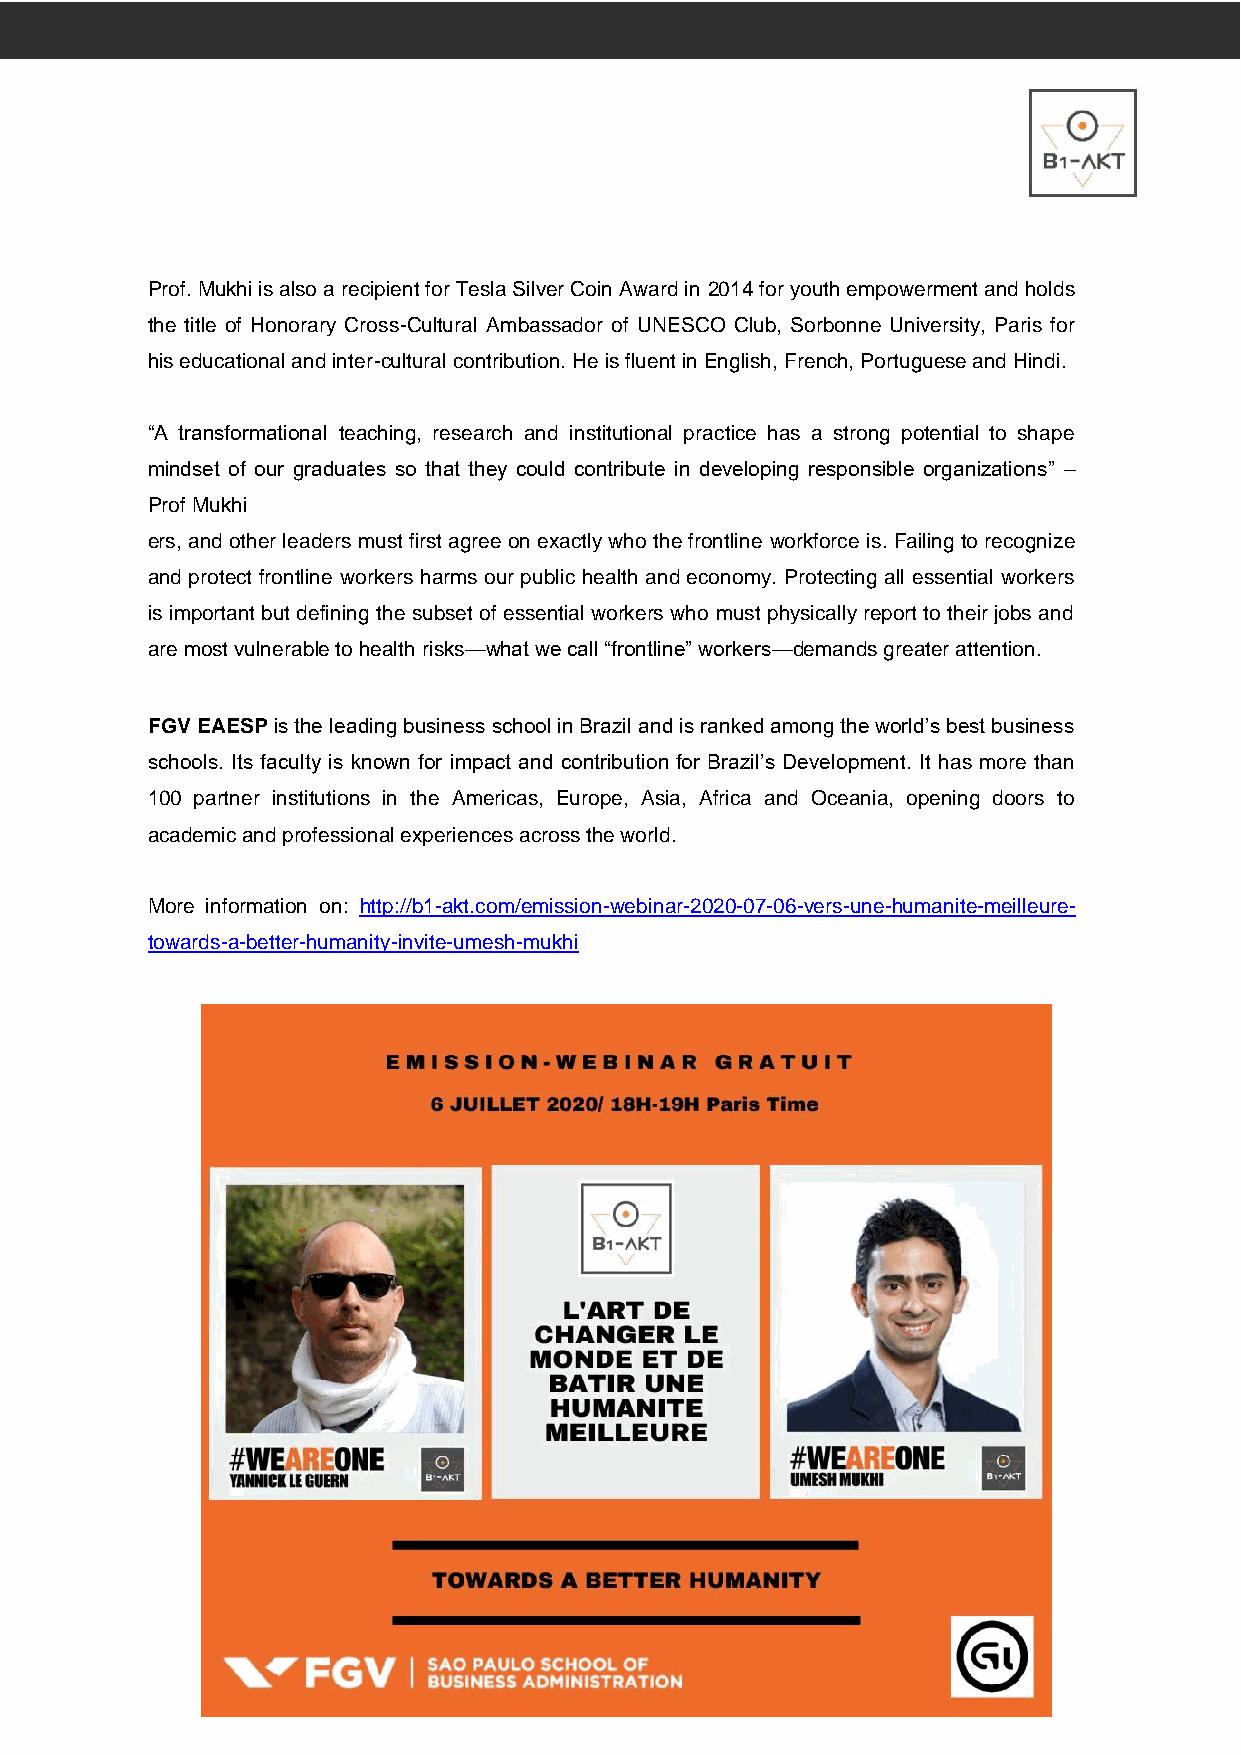
Prof. Mukhi is also a recipient for Tesla Silver Coin Award in 2014 for youth empowerment and holds
 the title of Honorary Cross-Cultural Ambassador of UNESCO Club, Sorbonne University, Paris for
 his educational and inter-cultural contribution. He is fluent in English, French, Portuguese and Hindi.
 “A transformational teaching, research and institutional practice has a strong potential to shape
 mindset of our graduates so that they could contribute in developing responsible organizations” –
 Prof Mukhi
 ers, and other leaders must first agree on exactly who the frontline workforce is. Failing to recognize
 and protect frontline workers harms our public health and economy. Protecting all essential workers
 is important but defining the subset of essential workers who must physically report to their jobs and
 are most vulnerable to health risks—what we call “frontline” workers—demands greater attention.
 FGV EAESP is the leading business school in Brazil and is ranked among the world’s best business
 schools. Its faculty is known for impact and contribution for Brazil’s Development. It has more than
 100 partner institutions in the Americas, Europe, Asia, Africa and Oceania, opening doors to
 academic and professional experiences across the world.
 More information on: http://b1-akt.com/emission-webinar-2020-07-06-vers-une-humanite-meilleure-
 towards-a-better-humanity-invite-umesh-mukhi